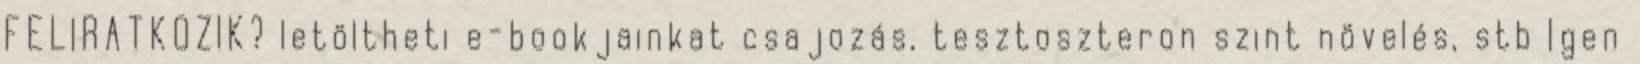
FELIRATKOZIK? letöltheti e-bookjainkat csajozás, tesztoszteron szint növelés, stb Igen